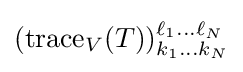
(\operatorname {trace} _{V}(T))_{k_{1}\dots k_{N}}^{\ell _{1}\dots \ell _{N}}